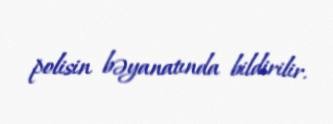
polisin bəyanatında bildirilir.